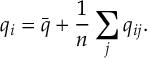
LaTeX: q _ { i } = { \bar { q } } + \frac { 1 } { n } \sum _ { j } q _ { i j } .